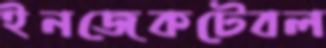
ইনজেকটেবল